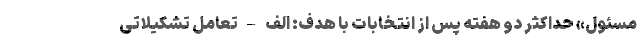
مسئول» حداکثر دو هفته پس از انتخابات با هدف: الف – تعامل تشکیلاتی